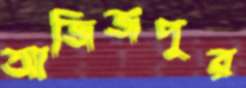
আজিজপুর